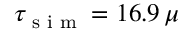
\tau _ { \scriptsize { \mathrm { ~ s ~ i ~ m ~ } } } = 1 6 . 9 \, \mu